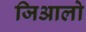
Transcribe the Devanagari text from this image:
जिआलो